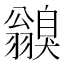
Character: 𦒥